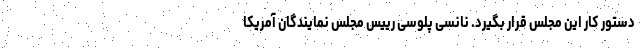
دستور کار این مجلس قرار بگیرد. نانسی پلوسی رییس مجلس نمایندگان آمریکا